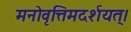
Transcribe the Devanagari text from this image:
मनोवृत्तिमदर्शयत्।